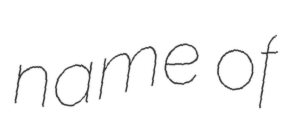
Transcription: name of